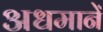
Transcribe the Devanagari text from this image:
अधमानें